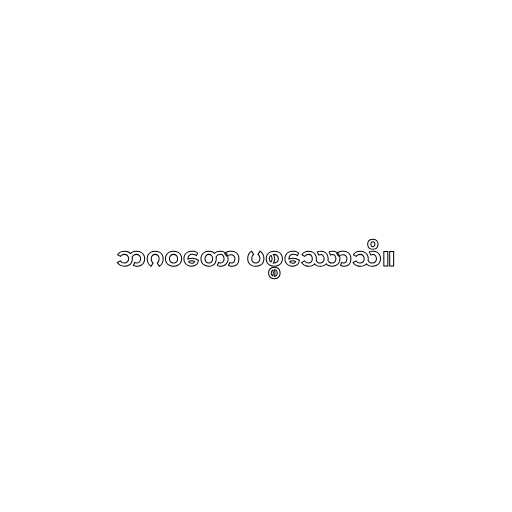
ဘဂဝတော ပစ္စဿောသိ။